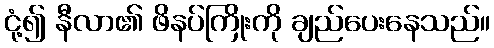
ငုံ့၍ နီလာ၏ ဖိနပ်ကြိုးကို ချည်ပေးနေသည်။